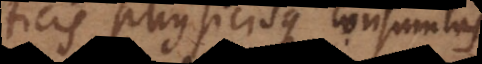
mathematicis physicisque consumtas